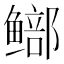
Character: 𫚨